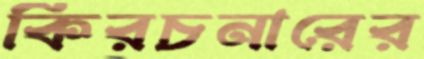
কিরচনারের